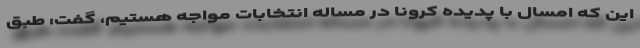
این که امسال با پدیده کرونا در مساله انتخابات مواجه هستیم، گفت: طبق